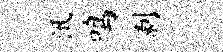
汛鸣剥